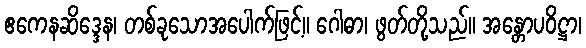
ဧကေနဆိဒ္ဒေန၊ တစ်ခုသောအပေါက်ဖြင့်။ ဂေါဓာ၊ ဖွတ်တို့သည်။ အန္တောပဝိဋ္ဌာ၊